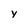
Character: y